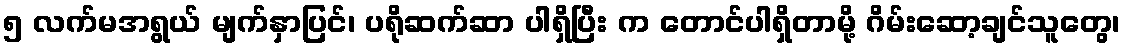
၅ လက်မအရွယ် မျက်နှာပြင်၊ ပရိုဆက်ဆာ ပါရှိပြီး က တောင်ပါရှိတာမို့ ဂိမ်းဆော့ချင်သူတွေ၊